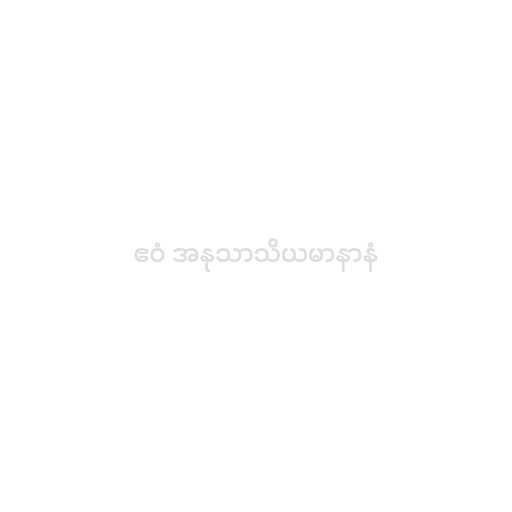
ဧဝံ အနုသာသိယမာနာနံ